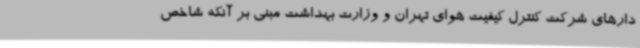
دارهای شرکت کنترل کیفیت هوای تهران و وزارت بهداشت مبنی بر آنکه شاخص